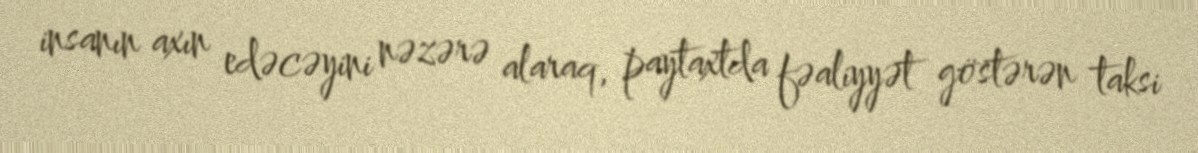
insanın axın edəcəyini nəzərə alaraq, paytaxtda fəaliyyət göstərən taksi